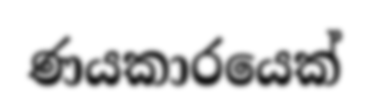
ණයකාරයෙක්